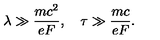
\lambda \gg \frac { m c ^ { 2 } } { e F } , \quad \tau \gg \frac { m c } { e F } .